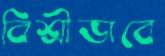
বিশ্রীভাবে